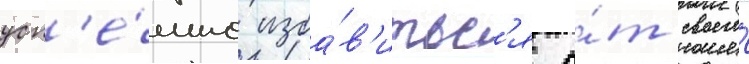
усп'е́шно изба́в'итьс'я о́т своего́